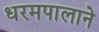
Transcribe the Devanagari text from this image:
धरमपालाने